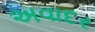
અવાદર